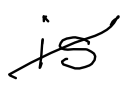
Text: is
Cross-out: diagonal
Writing tool: digital_black